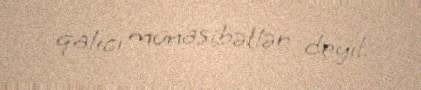
qalıcı münasibətlər deyil.